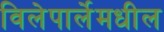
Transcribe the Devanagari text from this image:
विलेपार्लेमधील